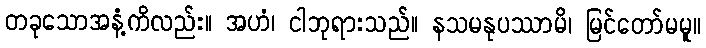
တခုသောအနံ့ကိလည်း။ အဟံ၊ ငါဘုရားသည်။ နသမနုပဿာမိ၊ မြင်တော်မမူ။